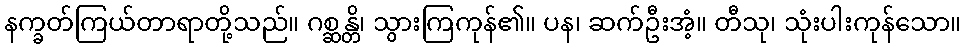
နက္ခတ်ကြယ်တာရာတို့သည်။ ဂစ္ဆန္တိ၊ သွားကြကုန်၏။ ပန၊ ဆက်ဦးအံ့။ တီသု၊ သုံးပါးကုန်သော။